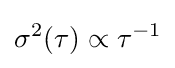
\sigma ^{2}(\tau )\propto \tau ^{-1}